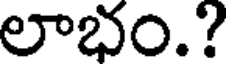
లాభం.?